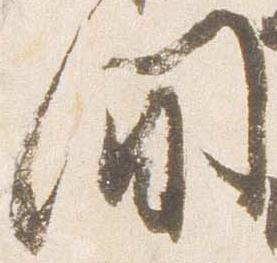
間